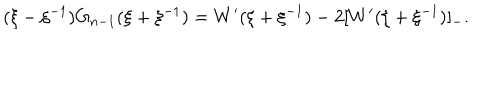
LaTeX: ( \xi - \xi ^ { - 1 } ) G _ { n - 1 } ( \xi + \xi ^ { - 1 } ) = W ^ { \prime } ( \xi + \xi ^ { - 1 } ) - 2 [ W ^ { \prime } ( \xi + \xi ^ { - 1 } ) ] _ { - } .